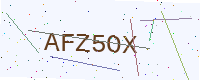
Text: AFZ5OX